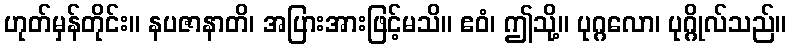
ဟုတ်မှန်တိုင်း။ နပဇာနာတိ၊ အပြားအားဖြင့်မသိ။ ဧဝံ၊ ဤသို့။ ပုဂ္ဂလော၊ ပုဂ္ဂိုလ်သည်။